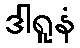
ဒါရူနံ